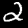
Label: 2